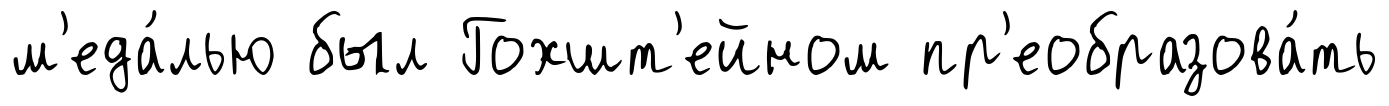
м'еда́лью был Гохшт'ейном пр'еобразова́ть